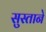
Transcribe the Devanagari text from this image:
सुस्ताने